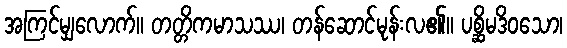
အကြင်မျှလောက်။ တတ္တိကမာသဿ၊ တန်ဆောင်မုန်းလ၏။ ပစ္ဆိမဒိဝသော၊